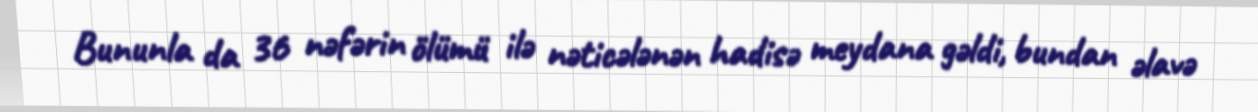
Bununla da 36 nəfərin ölümü ilə nəticələnən hadisə meydana gəldi, bundan əlavə